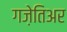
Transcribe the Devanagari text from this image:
गज़ेतिअर